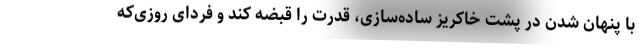
با پنهان شدن در پشت خاکریز ساده‌سازی، قدرت را قبضه کند و فردای روزی‌که